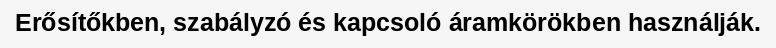
Erősítőkben, szabályzó és kapcsoló áramkörökben használják.